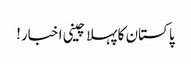
پاکستان کا پہلا چینی اخبار!